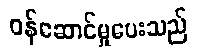
ဝန်ဆောင်မှုပေးသည်